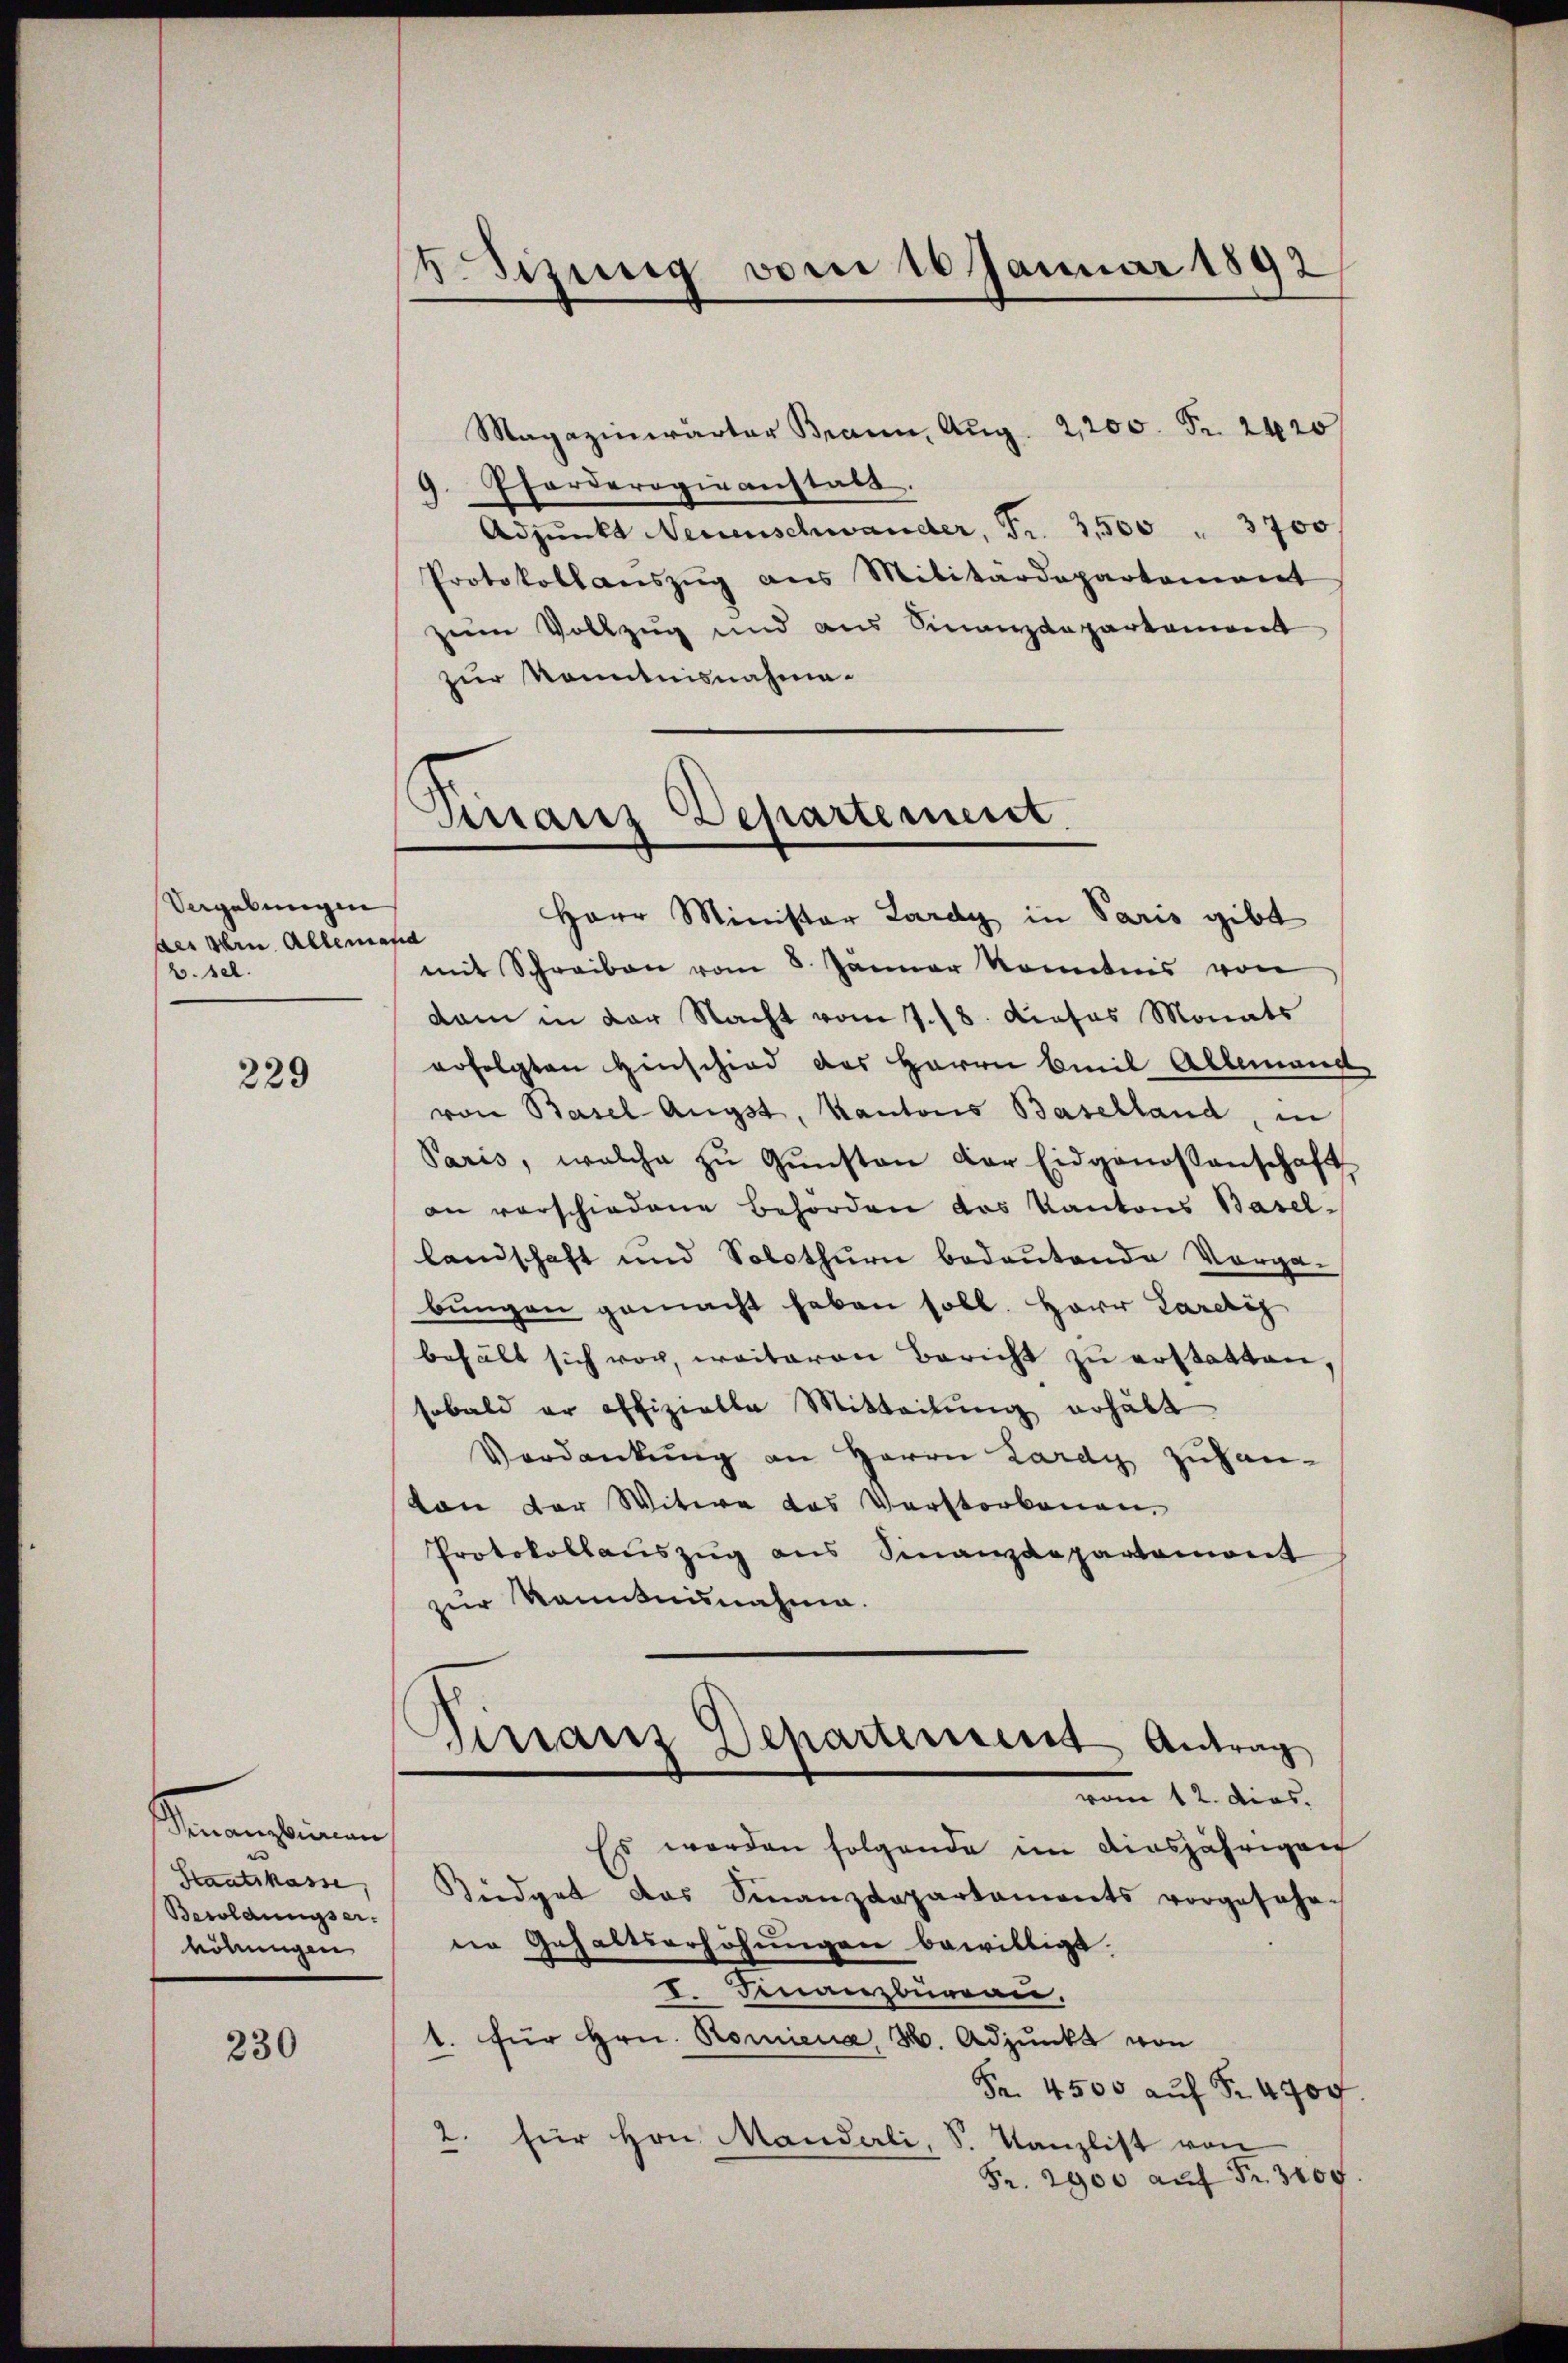
Vergebungen
des sein. Allen
b. sel.

229

Sanen seinen
Staatskasse,
Besoldungserhöhungen

230

HSizung vom 10 Januar 1892

Magazinearter Brann, Aug. 2,200. Fr. 2420
Pforderogie anstatt.
.
.
Adpŭnkt Neuenschwander, Fr. 3500 " 3700
Protokoll aŭszŭg ans Militärdepartement
zum Vollzug und aus Finanzdepartement
zur Kenntnisnahme.
fel
mit Schreiben vom 8. Jänner konntnis von
dam in der Nacht vom 7./8. Dieses Monats
erfolgten Hinschied des Herrn Emil Allemand
von Basel Augst, Kantons Baselland, in
Paris, welche zŭ Gŭnsten der Eidgenossenschaft
an verschiedene Behörden das Kantons Basel-
landschaft und Solothurn bedeutende Vorga-
bŭngen gemacht haben soll. Herr Pareig
behält sich vor, weiteren Bericht zu erstatten,
sobald er offizielle Mitteilŭng erhält
Verdankung an Herrn Lardy zuhanvon der Witwe das Verstorbenen.
Protokollauszug aus Finanzdepartemont
zur Kenntnisnahme.
d
Sirranz Departement Antrag
vom 12. dies
Es werden folgende im diesjährigen
Küdget das Finanzdepartaments vorgesehe.
ne Gehaltserhöhŭngen bewilligt.
I. Finanzburgau.
1. für Hrn. Romiena, 3. Adjunkt von
Fr. 4500 auf Fr. 4700
für Hrn. Manderli, S. Kanzlist von
2
Fr. 2900 aŭf Fr. 3109.

Prranz Departement
Herr Minister Lardy in Paris gibt